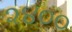
૨૪૦૦